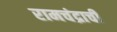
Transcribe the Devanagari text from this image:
रामचंद्राची